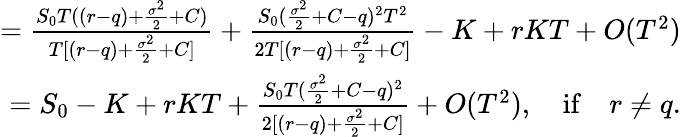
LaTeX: \begin{array}{r}{=\frac{S_{0}T((r-q)+\frac{\sigma^{2}}{2}+C)}{T[(r-q)+\frac{\sigma^{2}}{2}+C]}+\frac{S_{0}(\frac{\sigma^{2}}{2}+C-q)^{2}T^{2}}{2T[(r-q)+\frac{\sigma^{2}}{2}+C]}-K+rKT+O(T^{2})}\\ {=S_{0}-K+rKT+\frac{S_{0}T(\frac{\sigma^{2}}{2}+C-q)^{2}}{2[(r-q)+\frac{\sigma^{2}}{2}+C]}+O(T^{2}),\quad\mathrm{if}\quad r\neq q.}\end{array}